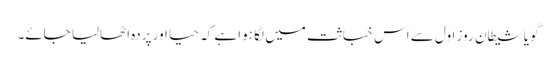
گویا شیطان روز اول سے اس خباثت میں لگا ہوا ہے کہ حیا اور پردہ اٹھالیا جائے۔